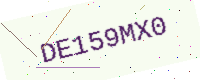
Text: DE159MX0